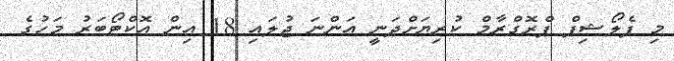
މި ފެލޯޝިޕް ޕްރޮގްރާމް ކުރިޔަށްދަނީ އަންނަ ޖުލައި 18 އިން އޮކްޓޯބަރު މަހުގެ